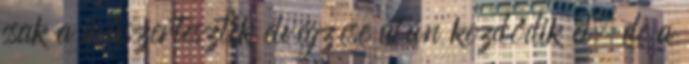
csak a műszertesztek elvégzése után kezdődik el, de a